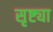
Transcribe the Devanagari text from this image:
सृष्ट्या